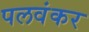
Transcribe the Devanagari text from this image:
पलवंकर